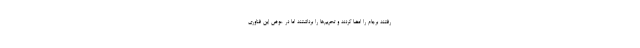
رفتند برجام را امضا کردند و تحریم‌ها را برداشتند اما در عوض این فناوری